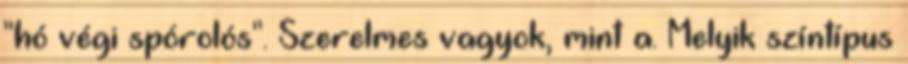
"hó végi spórolós". Szerelmes vagyok, mint a. Melyik színtípus